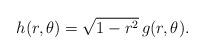
LaTeX: \begin{align*}h(r,\theta)=\sqrt{1-r^2}\,g(r,\theta). \end{align*}